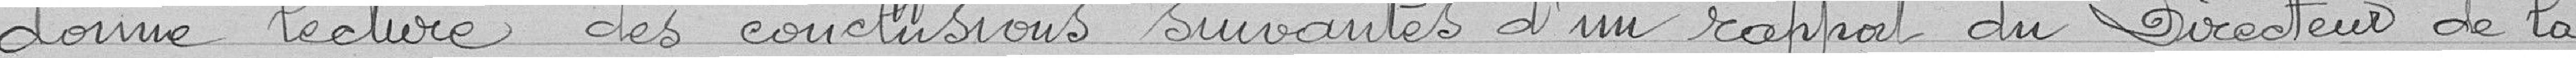
donne lecture des conclusions suivants d'un rapport du directeur de la